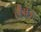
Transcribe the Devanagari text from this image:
लैंडाऊ